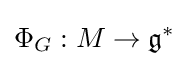
\Phi _{G}:M\rightarrow {\mathfrak {g}}^{*}